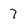
Character: 7